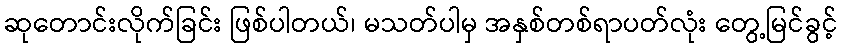
ဆုတောင်းလိုက်ခြင်း ဖြစ်ပါတယ်၊ မသတ်ပါမှ အနှစ်တစ်ရာပတ်လုံး တွေ့မြင်ခွင့်